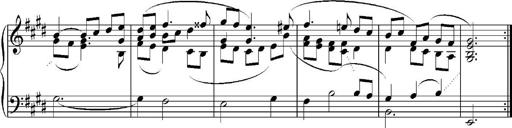
Title: Sonatina No.5
Composer: Otto Stoll
Key: F-sharp minor